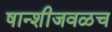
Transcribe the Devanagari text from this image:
षान्शीजवळच